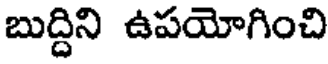
బుద్దిని ఉపయోగించి